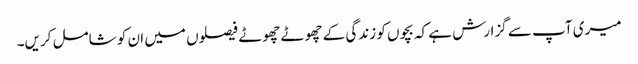
میری آپ سے گزارش ہے کہ بچوں کو زندگی کے چھوٹے چھوٹے فیصلوں میں ان کو شامل کریں۔